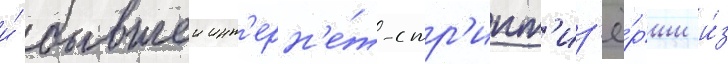
и́ бывшеи инт'ерн'е́т-стр'ипт'из'ё́рши и́з